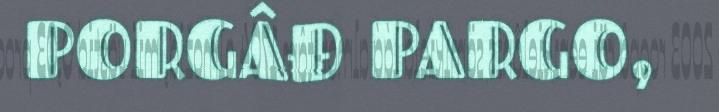
PORGÂĐ PARGO,